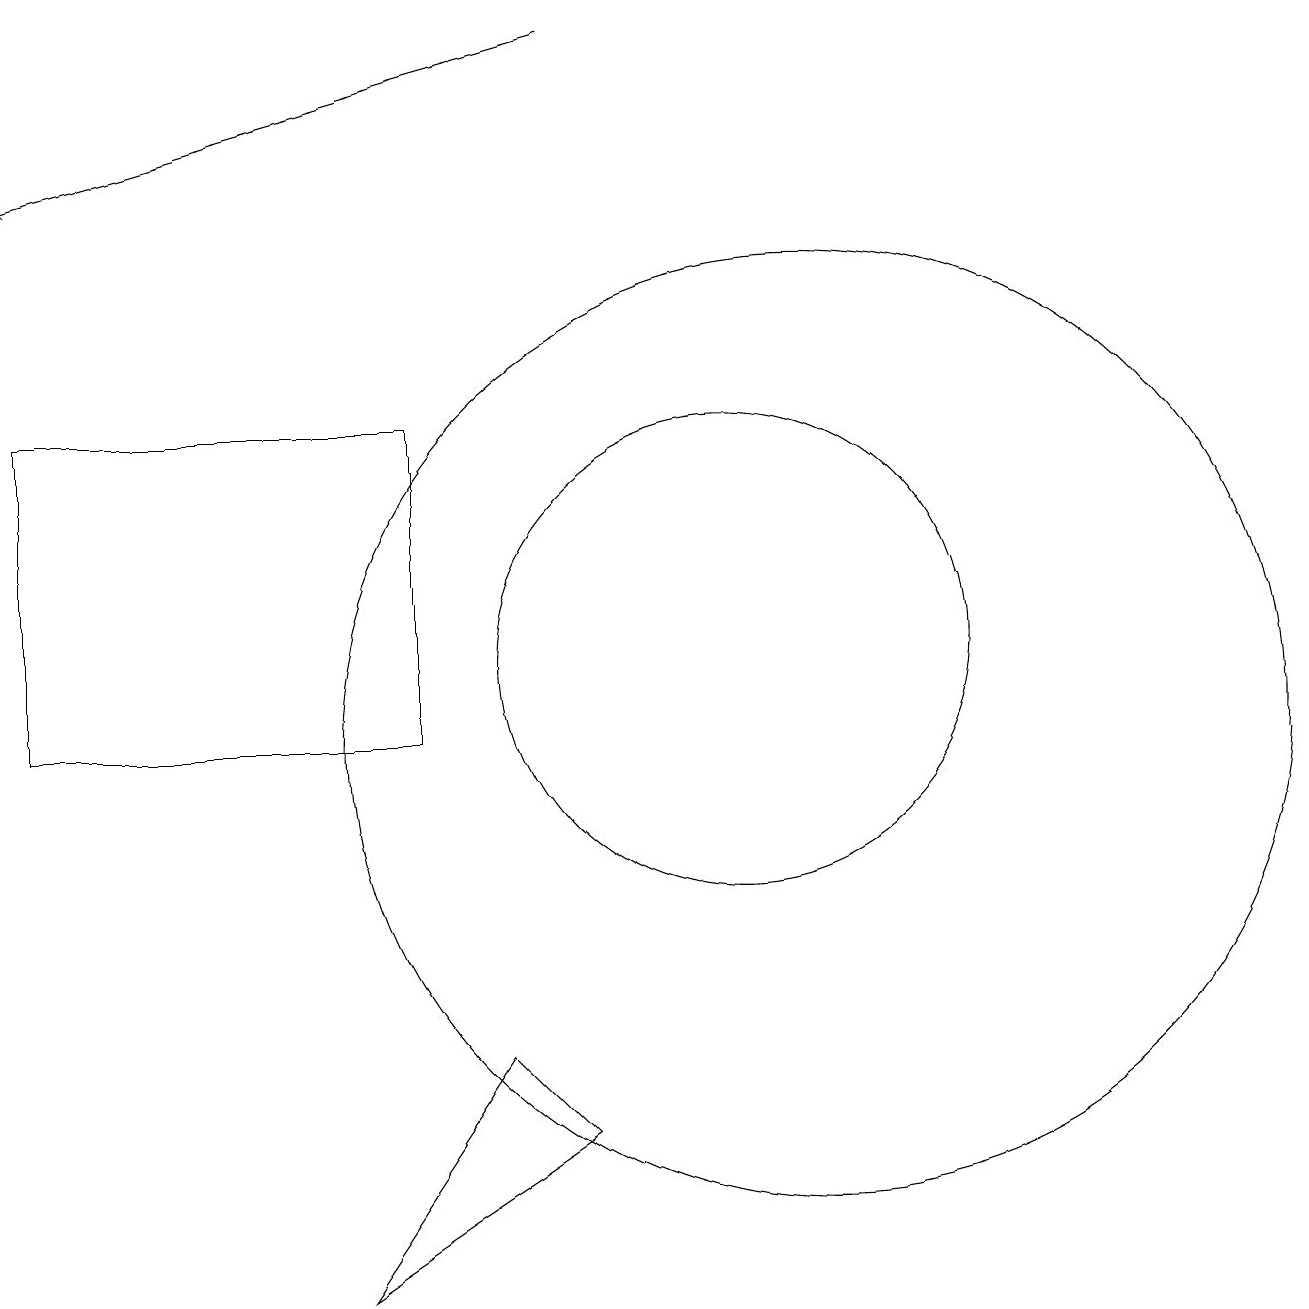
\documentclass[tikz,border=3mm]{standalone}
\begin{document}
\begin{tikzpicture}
\draw (10,11) circle (3);
\draw (1,10) rectangle (6,14);
\draw (11,10) circle (6);
\draw (8,5) -- (5,3) -- (7,6) -- cycle;
\draw[->] (8,19) -- (1,17);
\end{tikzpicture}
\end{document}